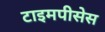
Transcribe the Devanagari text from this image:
टाइमपीसेस